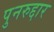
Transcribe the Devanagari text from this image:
पुनरुद्दार